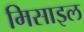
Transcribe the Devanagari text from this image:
मिसाइल